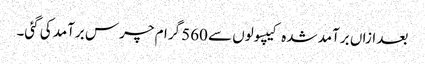
بعد ازاں برآمد شدہ کیپسولوں سے 560 گرام چرس برآمد کی گئی۔